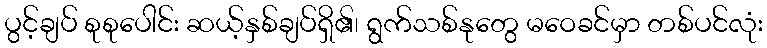
ပွင့်ချပ် စုစုပေါင်း ဆယ့်နှစ်ချပ်ရှိ၏၊ ရွက်သစ်နုတွေ မဝေခင်မှာ တစ်ပင်လုံး